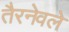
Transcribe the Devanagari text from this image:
तैरनेवले